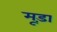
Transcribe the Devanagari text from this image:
मूड़ा